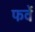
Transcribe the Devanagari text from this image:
फर्वे